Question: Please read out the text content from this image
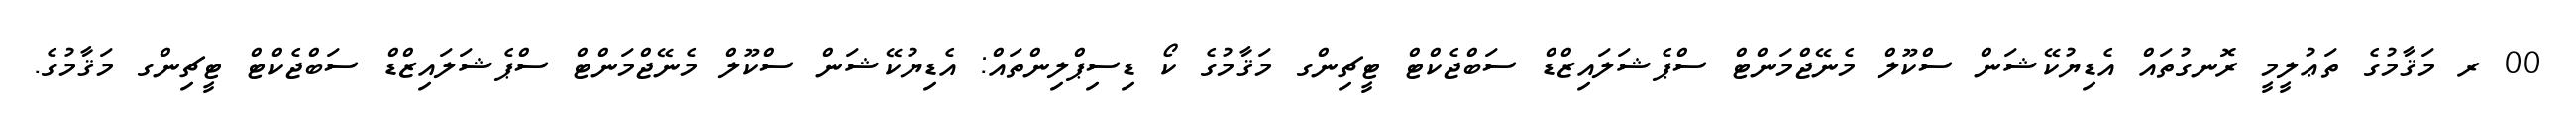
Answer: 00 ރ މަޤާމުގެ ތަޢުލީމީ ރޮނގުތައް އެޑިޔުކޭޝަން ސްކޫލް މެނޭޖްމަންޓް ސްޕެޝަލައިޒްޑް ސަބްޖެކްޓް ޓީޗިންގ މަޤާމުގެ ކޯ ޑިސިޕްލިންތައް: އެޑިޔުކޭޝަން ސްކޫލް މެނޭޖްމަންޓް ސްޕެޝަލައިޒްޑް ސަބްޖެކްޓް ޓީޗިންގ މަޤާމުގެ.